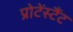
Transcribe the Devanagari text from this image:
प्रोटेंस्टैंट